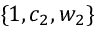
\{ 1 , c _ { 2 } , w _ { 2 } \}